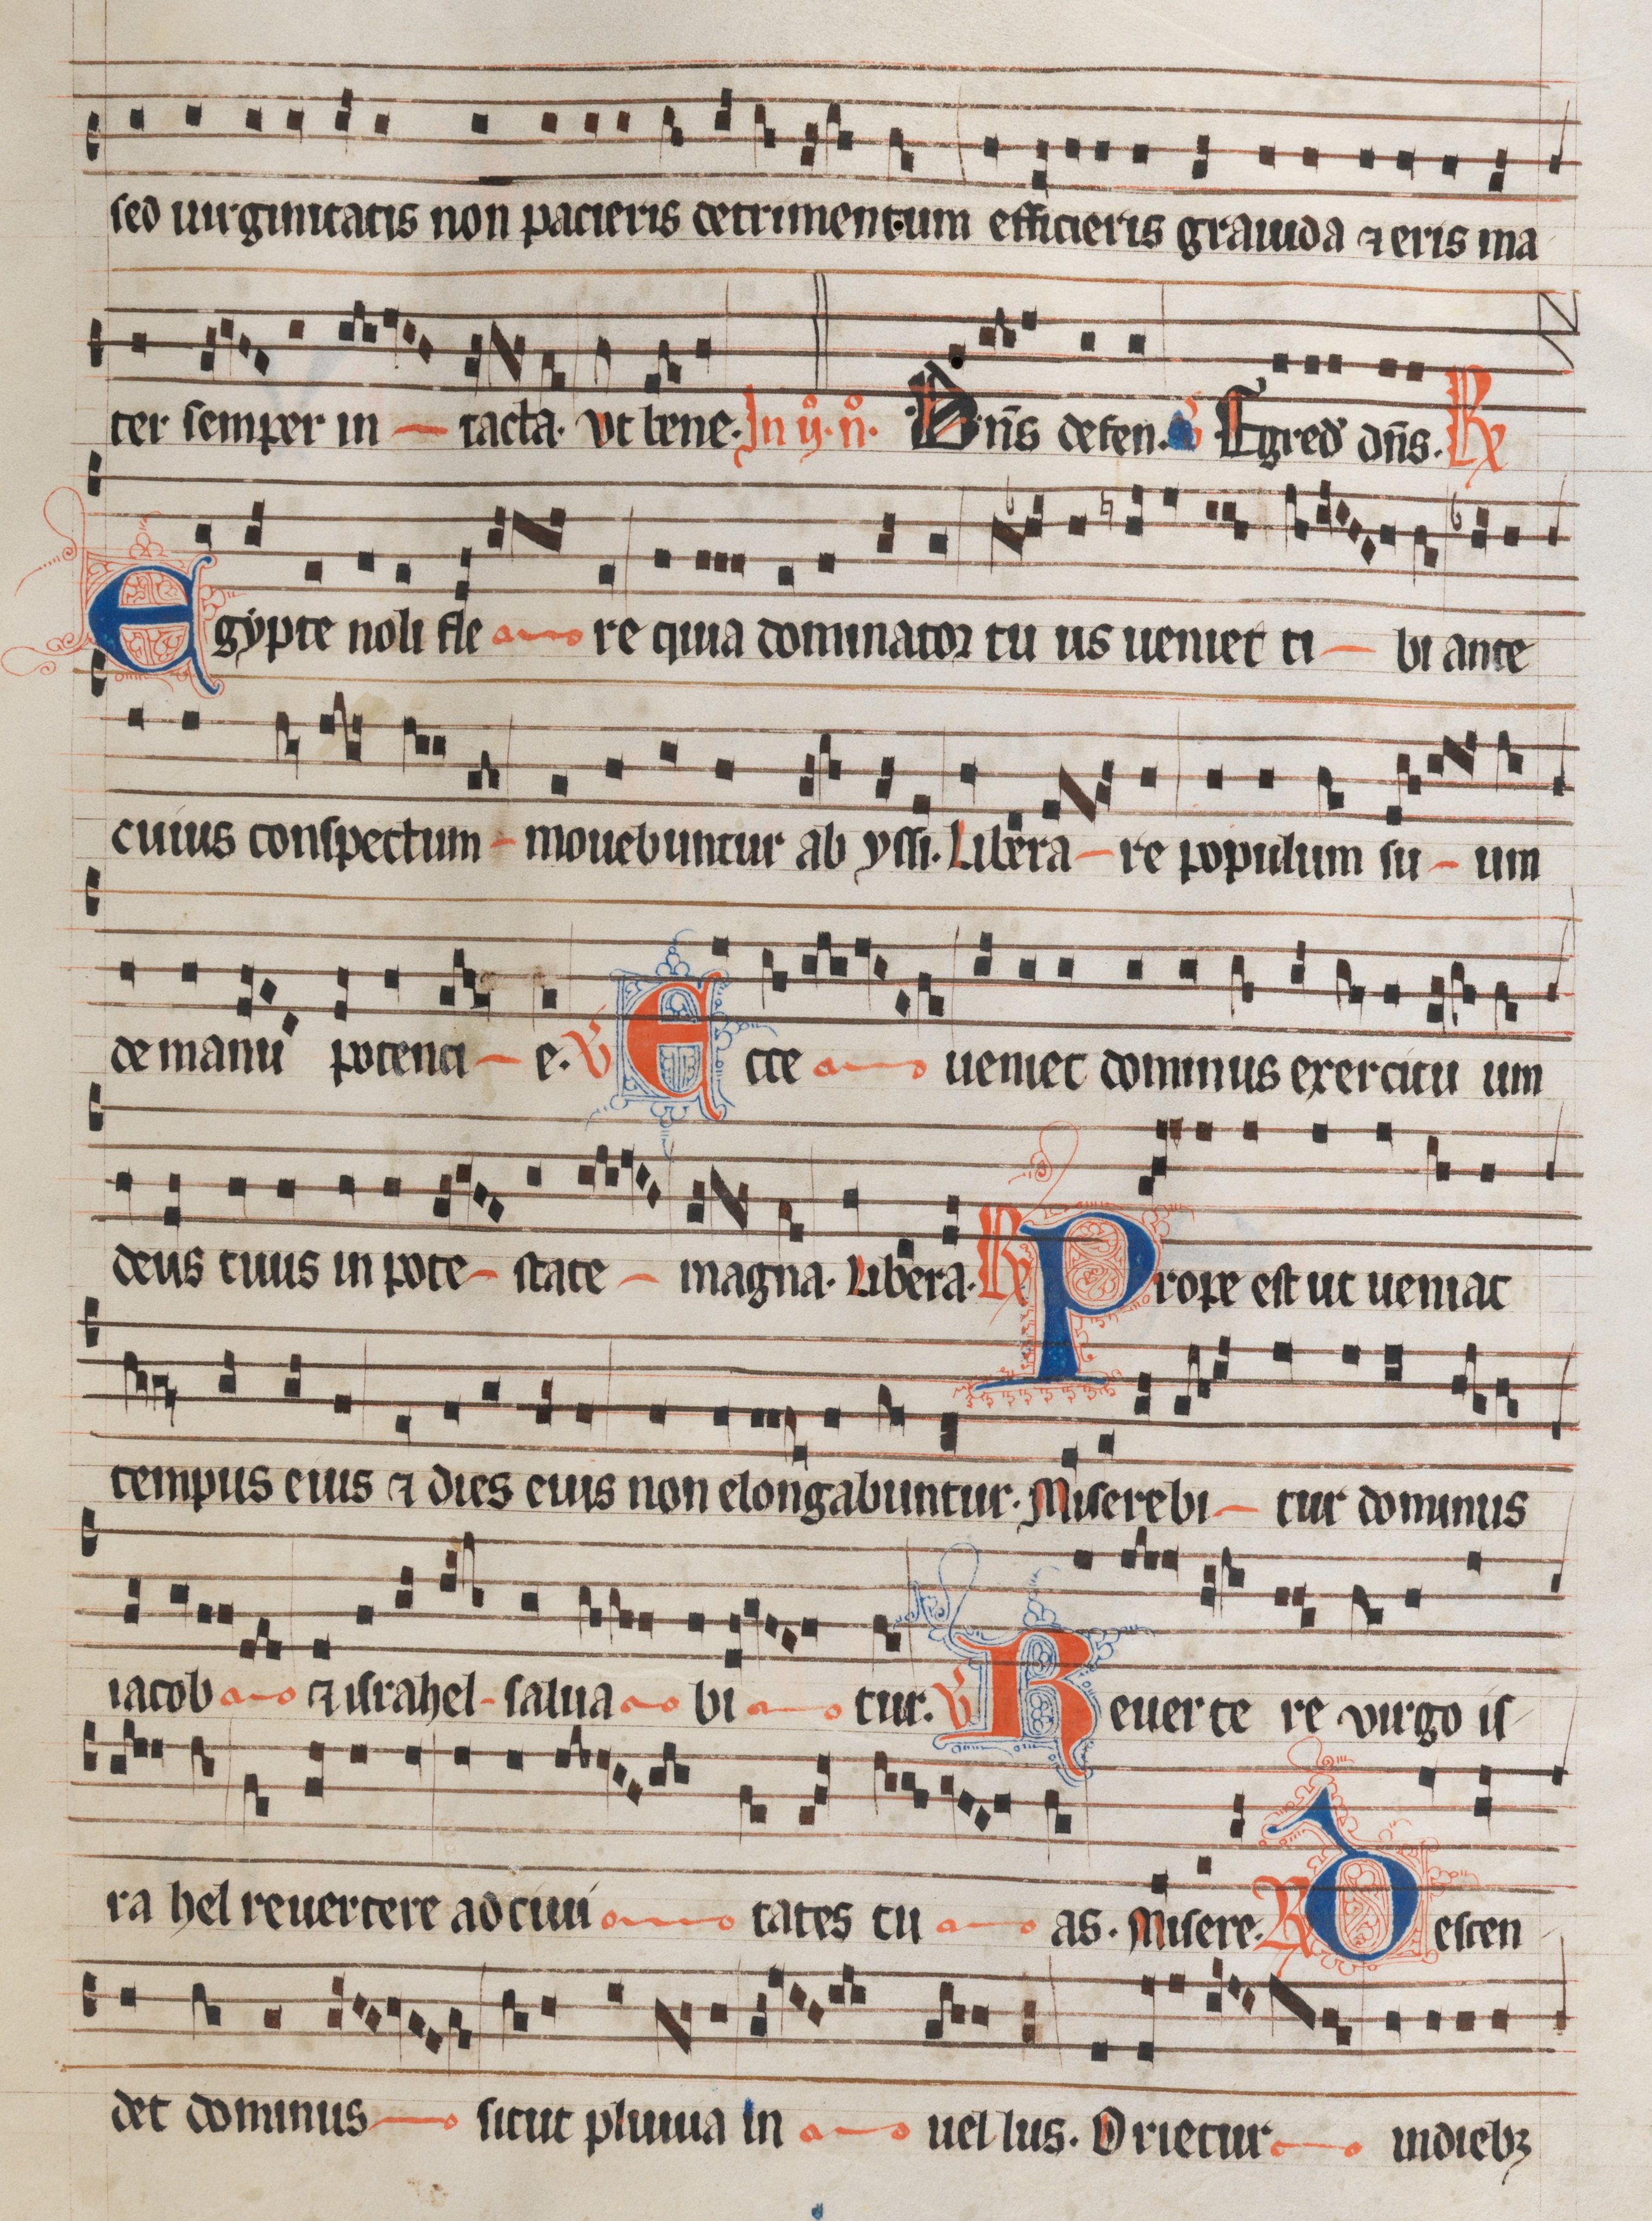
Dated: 1300–1349